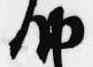
納